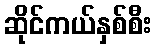
ဆိုင်ကယ်နှစ်စီး